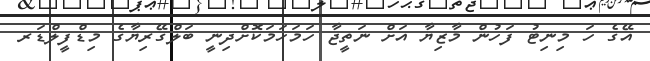
އޭގެ ހަ މިނިޓު ފަހުން މާޒިޔާ އަށް ނަތީޖާ ހަމަހަމަކޮށްދިނީ ބަލްގޭރިޔާގެ މިޑްފީލްޑަރ